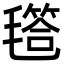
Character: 㲮